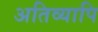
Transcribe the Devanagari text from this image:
अतिव्यापि